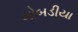
બોબડીયા